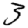
Digit: 3